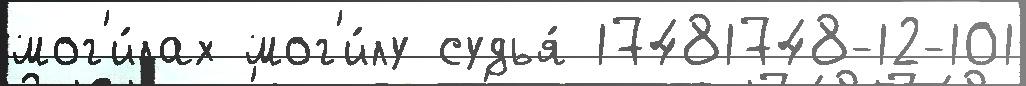
мог'и́лах мог'и́лу судья́ 17481748-12-101